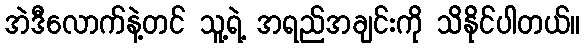
အဲဒီလောက်နဲ့တင် သူ့ရဲ့ အရည်အချင်းကို သိနိုင်ပါတယ်။